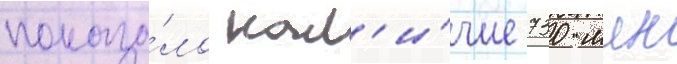
показа́ло нал'и́чие 730 млн